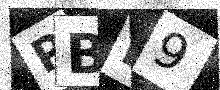
Text: PBR9